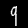
Digit: 9